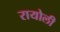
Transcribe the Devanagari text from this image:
रायोली